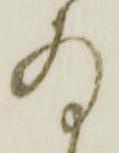
存